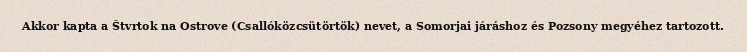
Akkor kapta a Štvrtok na Ostrove (Csallóközcsütörtök) nevet, a Somorjai járáshoz és Pozsony megyéhez tartozott.